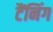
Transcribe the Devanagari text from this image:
टैंनिंग